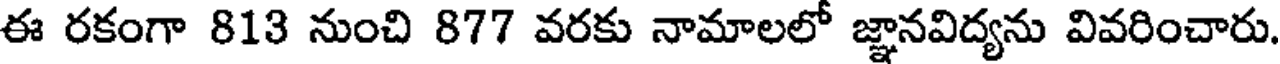
ఈ రకంగా 813 నుంచి 877 వరకు నామాలలో జ్ఞానవిద్యను వివరించారు.